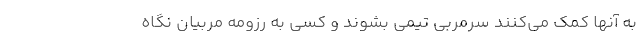
به آنها کمک می‌کنند سرمربی تیمی بشوند و کسی به رزومه مربیان نگاه